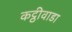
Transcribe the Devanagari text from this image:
कट्ठीवाडा